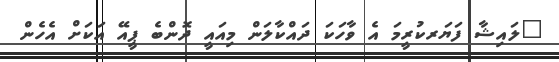
"ލައިޝާ ފަޔަރކުރީމަ އެ ވާހަކަ ދައްކާލަން މިއައީ ދޮންބެ ޕީއޭ އަކަށް އެހެން